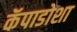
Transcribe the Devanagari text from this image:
कॅपाडोशा